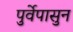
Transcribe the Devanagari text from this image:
पुर्वेपासुन